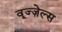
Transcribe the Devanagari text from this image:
वूज्ज़ेल्स